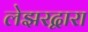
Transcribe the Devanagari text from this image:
लेझरद्वारा